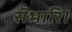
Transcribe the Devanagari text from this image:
सँभारि।